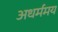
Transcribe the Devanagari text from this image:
अधर्ममय